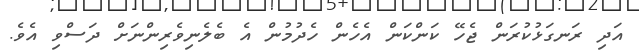
އަދި ރަނގަޅުކުރަން ޖެހޭ ކަންކަން އެހެން ހެދުމުން އެ ބެލެނިވެރިންނަށް ދަސްވި އެވެ.